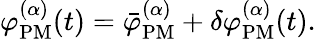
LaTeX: \varphi_{\mathrm{PM}}^{(\alpha)}(t)=\bar{\varphi}_{\mathrm{PM}}^{(\alpha)}+\delta\varphi_{\mathrm{PM}}^{(\alpha)}(t).